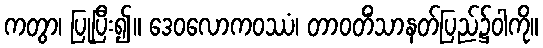
ကတွာ၊ ပြုပြီး၍။ ဒေဝလောကဝဿံ၊ တာဝတိံသာနတ်ပြည်၌ဝါကို။